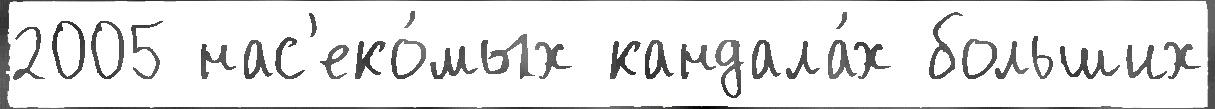
2005 нас'еко́мых кандала́х больших